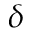
\delta